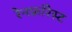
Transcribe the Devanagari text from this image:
रेनफ़ॉरेस्ट